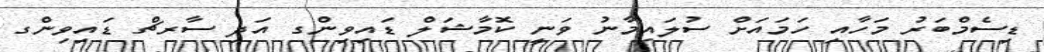
ޑިސެމްބަރު މަހާއި ހަމައަށް ސުލައިމާނު ވަނީ ކޮމާޝަލް ޑައިވިންގ އަދި ސާރޗް ޑައިވިންގ